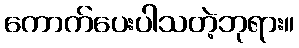
ကောက်ပေးပါသတဲ့ဘုရား။